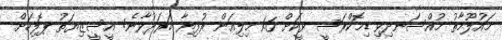
މައުލޫމާތު މުއްސަނދިވި ޑިމޮކްރަސީ ވީކަށް 1.6 މިލިއަން ރުފިޔާ ހަރަދުވާނެ: އީސީޒިޔަތުު ޕޮލިހަށް